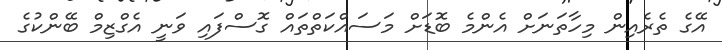
އޭގެ ތެރެއިން މިހާތަނަށް އެންމެ ބޮޑަށް މަސައްކަތްތައް ގޮސްފައި ވަނީ އެގްޒިމް ބޭންކުގެ